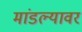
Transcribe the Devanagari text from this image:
मांडल्यावर